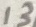
Text: 13